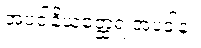
အပဒါနိယတ္ထေရ အပဒါန။